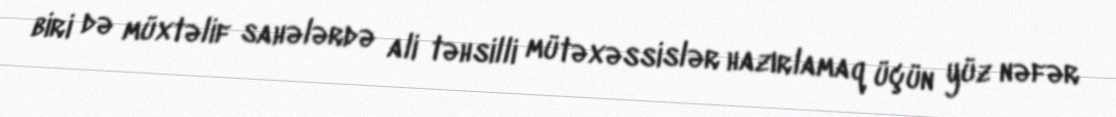
biri də müxtəlif sahələrdə ali təhsilli mütəxəssislər hazırlamaq üçün yüz nəfər